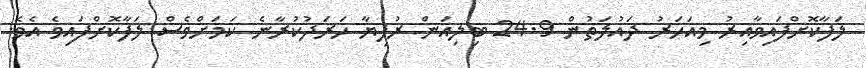
ލަފާކޮށްފައިވާއިރު މިއަހަރު ދައުލަތުން 24.9 ބިލިއަން ރުފިޔާ ހަރަދުކުރާނެ ކަމަށްވެސް ލަފާކޮށްފައިވެ އެވެ.